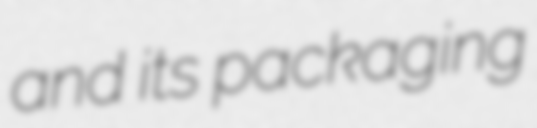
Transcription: and its packaging